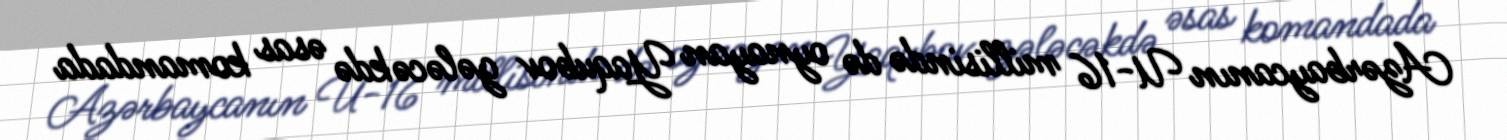
Azərbaycanın U-16 millisində də oynayan Yaqubov gələcəkdə əsas komandada